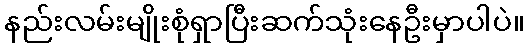
နည်းလမ်းမျိုးစုံရှာပြီးဆက်သုံးနေဦးမှာပါပဲ။